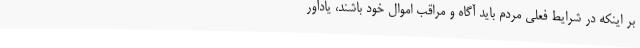
بر اینکه در شرایط فعلی مردم باید آگاه و مراقب اموال خود باشند، یادآور